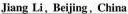
Jiang Li, Beijing,China